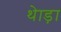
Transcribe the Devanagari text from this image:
थेाड़ा